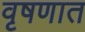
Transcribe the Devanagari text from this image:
वृषणात